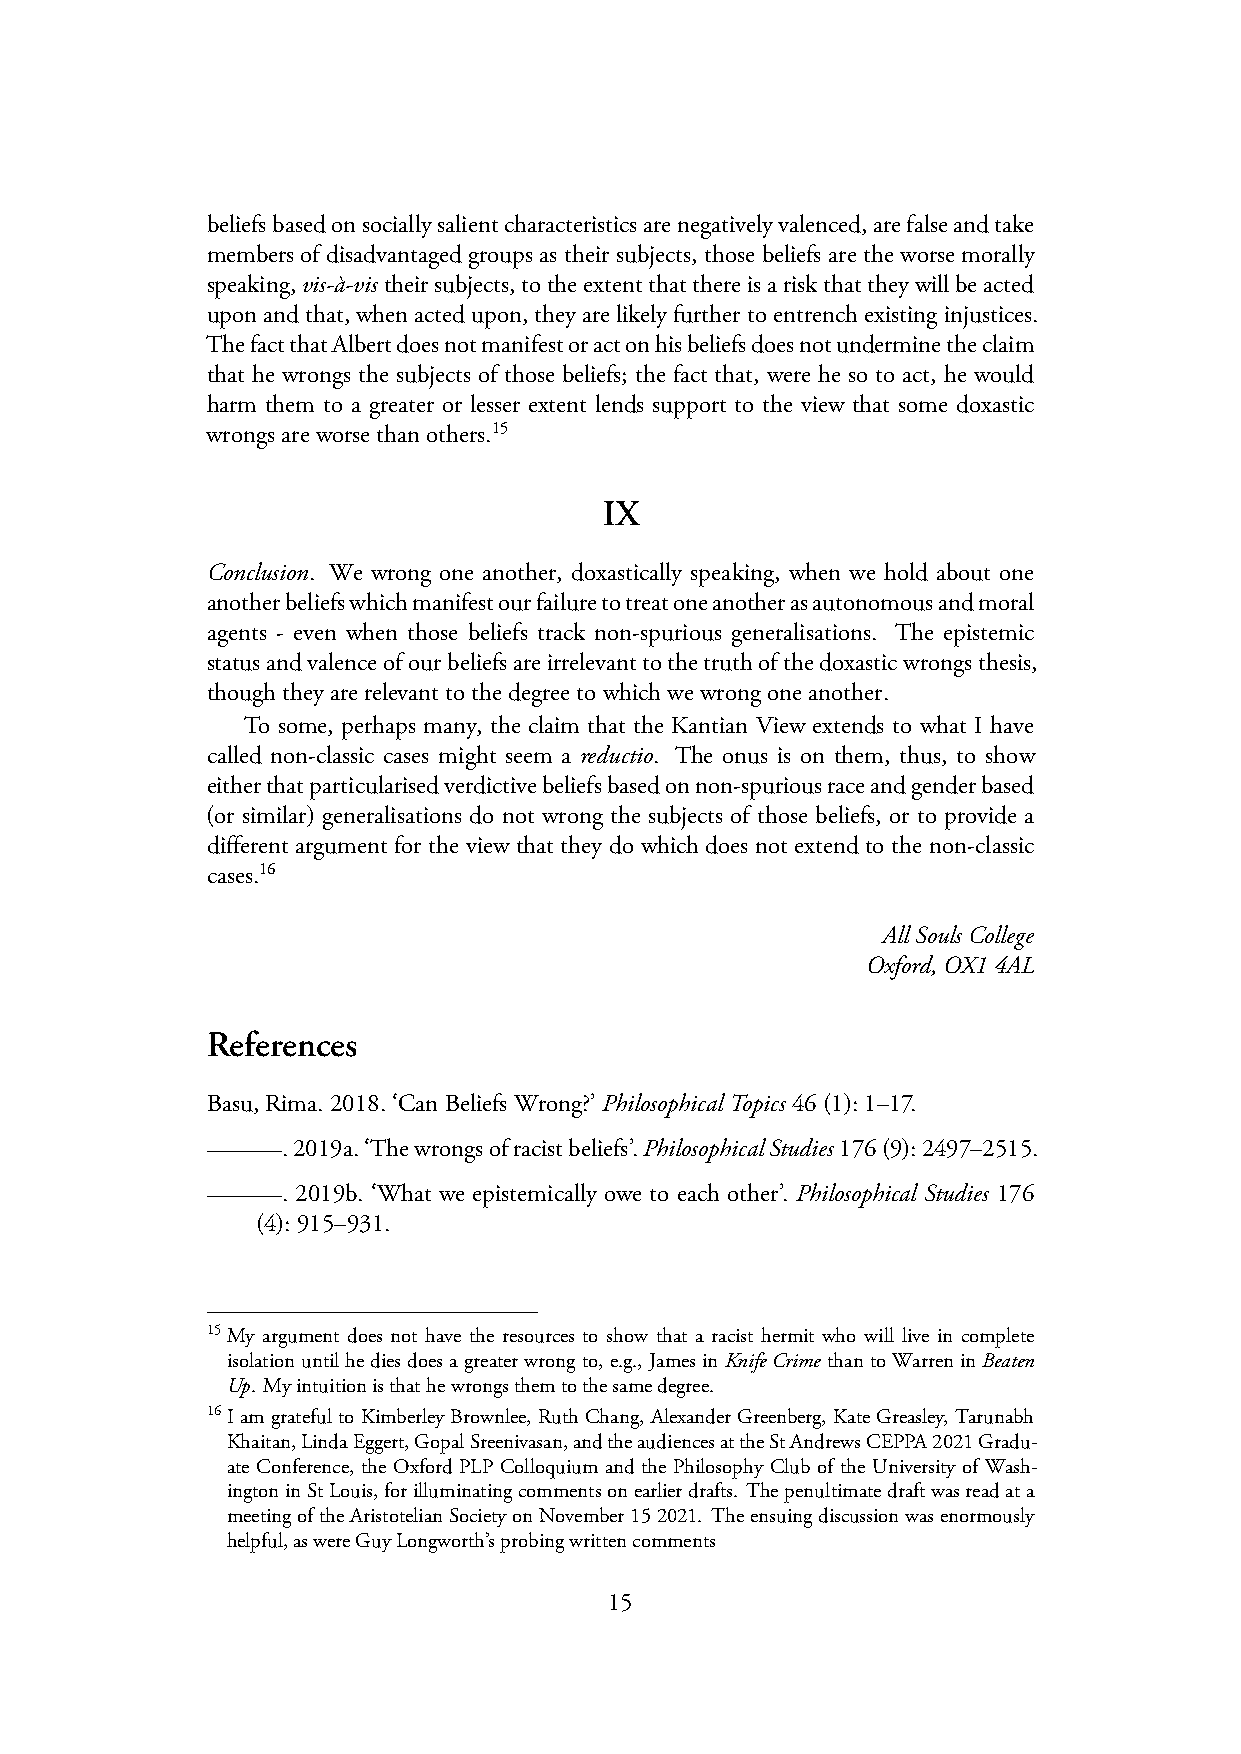
beliefsbasedonsociallysalientcharacteristicsarenegativelyvalenced,arefalseandtake
 members of disadvantaged groups as their subjects, those beliefs are the worse morally
 speaking,vis-à-vis theirsubjects,totheextentthatthereisariskthattheywillbeacted
 uponandthat,whenacted upon,theyarelikely furthertoentrenchexistinginjustices.
 ThefactthatAlbertdoesnotmanifestoractonhisbeliefsdoesnotunderminetheclaim
 that he wrongs the subjects of those beliefs; the fact that, were he so to act, he would
 harm them to a greater or lesser extent lends support to the view that some doxastic
 wrongsareworsethanothers.15
 IX
 Conclusion. We wrong one another, doxastically speaking, when we hold about one
 anotherbeliefswhichmanifestourfailuretotreatoneanotherasautonomousandmoral
 agents - even when those beliefs track non-spurious generalisations. The epistemic
 statusandvalenceofourbeliefsareirrelevanttothetruthofthedoxasticwrongsthesis,
 thoughtheyarerelevanttothedegreetowhichwewrongoneanother.
 To some, perhaps many, the claim that the Kantian View extends to what I have
 called non-classic cases might seem a reductio. The onus is on them, thus, to show
 eitherthatparticularisedverdictivebeliefsbasedonnon-spuriousraceandgenderbased
 (or similar) generalisations do not wrong the subjects of those beliefs, or to provide a
 different argument for the view that they do which does not extend to the non-classic
 cases.16
 AllSoulsCollege
 Oxford,OX14AL
 References
 Basu,Rima.2018.‘CanBeliefsWrong?’PhilosophicalTopics 46(1):1–17.
 .2019a.‘Thewrongsofracistbeliefs’.PhilosophicalStudies176(9):2497–2515.
 . 2019b. ‘What we epistemically owe to each other’. Philosophical Studies 176
 (4):915–931.
 15My argument does not have the resources to show that a racist hermit who will live in complete
 isolationuntilhediesdoesagreaterwrongto, e.g., JamesinKnifeCrime thantoWarreninBeaten
 Up. Myintuitionisthathewrongsthemtothesamedegree.
 16IamgratefultoKimberleyBrownlee, RuthChang, AlexanderGreenberg, KateGreasley, Tarunabh
 Khaitan,LindaEggert,GopalSreenivasan,andtheaudiencesattheStAndrewsCEPPA2021Gradu-
 ate Conference, the Oxford PLP Colloquium and the Philosophy Club of the University of Wash-
 ingtoninStLouis,forilluminatingcommentsonearlierdrafts. Thepenultimatedraftwasreadata
 meetingoftheAristotelianSocietyonNovember152021. Theensuingdiscussionwasenormously
 helpful,aswereGuyLongworth’sprobingwrittencomments
 15